Vaccination in the Punjab 1897-1904 - 1897-1904
Year: 1897
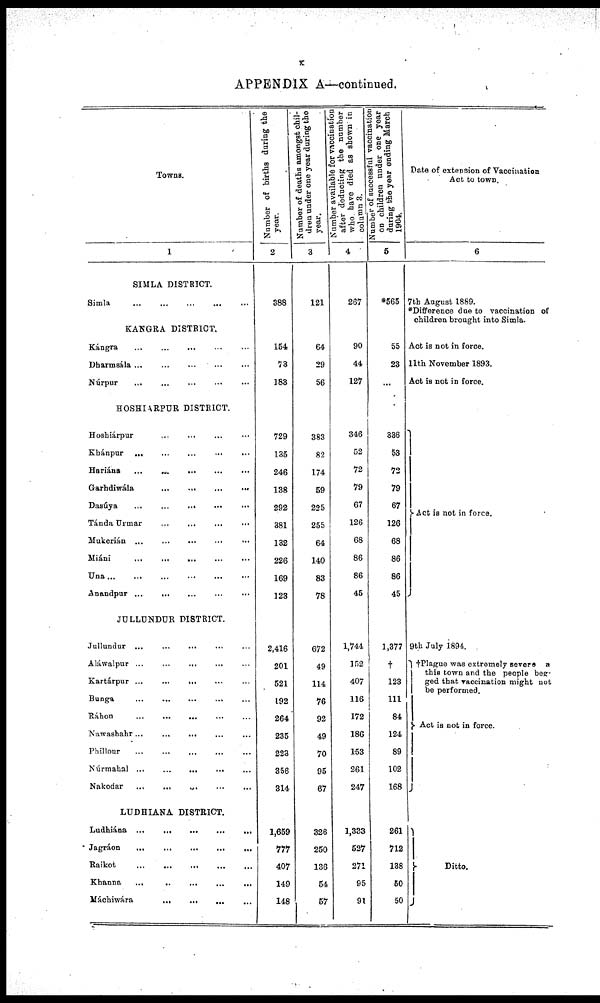
x
APPENDIX A—continued.
Towns.
1
SIMLA DISTRICT.
Simla
...
...
...
...
...
KANGRA DISTRICT.
Kángra ... ... ... ... ...
Dharmsála ...
...
...
...
...
Núrpur ... ... ... ... ...
HOSHIARPUR DISTRICT.
Hoshiárpur
... ... ... ...
Khánpur ... ... ... ... ...
Hariána
...
... ... ... ...
Garhdiwála
...
...
...
...
Dasúya
... ... ... ... ...
Tánda Urmar
... ... ... ...
Mukerián ... ... ... ... ...
Miáni
...
...
... ... ...
Una
...
...
...
...
...
Anandpur ...
... ... ... ...
JULLUNDUR DISTRICT.
Jullundur ...
... ... ... ...
Aláwalpur ... ... ... ... ...
Kartárpur ...
...
... ... ...
Bunga
...
...
...
... ...
Ráhon
...
...
...
...
...
Nawashahr...
...
... ... ...
Phillour ... ... ... ... ...
Núrmahal ...
...
... ... ...
Nakodar
...
...
... ... ...
LUDHIANA DISTRICT.
Ludhiána ...
...
...
...
...
Jagráon
...
...
...
...
...
Raikot
...
...
... ... ...
Khanna
... ... ... ... ...
Máchiwára ... ... ... ... ...
Number of births during the
year.
2
388
154
73
183
729
135
246
138
292
381
132
226
169
123
2,416
201
521
192
264
235
223
356
314
1,659
777
407
149
148
Number of deaths amongst chil¬
dren under one year during the
year.
3
121
64
29
56
383
82
174
59
225
255
64
140
83
78
672
49
114
76
92
49
70
95
67
326
250
136
54
57
Number available for vaccination
after deducting the number
who have died as shown in
column 3.
4
267
90
44
127
346
52
72
79
67
126
68
86
86
45
1,744
152
407
116
172
186
153
261
247
1,333
527
271
95
91
Number of successful vaccination
on children under one year
during the year ending March
1904.
5
*565
55
23
...
336
53
72
79
67
126
68
86
86
45
1,377
†
123
111
84
124
89
102
168
261
712
138
50
50
Date of extension of Vaccination
Act to town.
6
7th August 1889.
*Difference due to vaccination of
children brought into Simla.
Act is not in force.
11th November 1893.
Act is not in force.
Act is not in force.
9th July 1894.
†Plague was extremely severe a
this town and the people beg¬
ged that vaccination might not
be performed.
Act is not in force.
Ditto.